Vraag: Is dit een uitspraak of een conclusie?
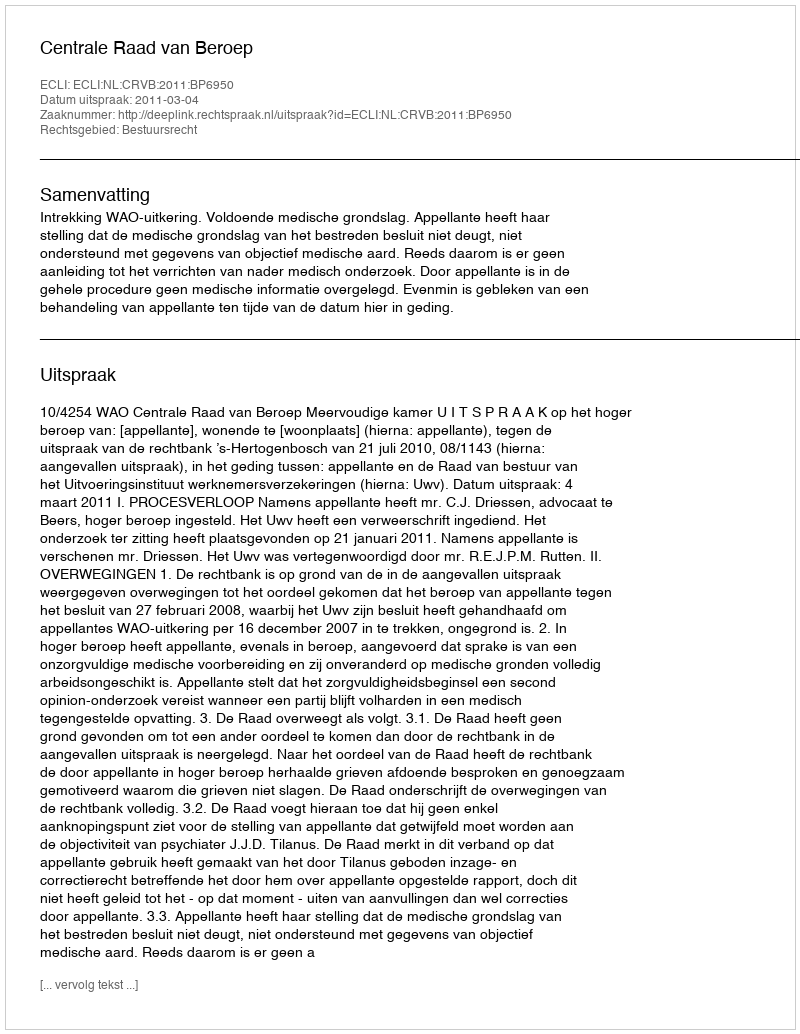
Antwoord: Uitspraak